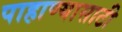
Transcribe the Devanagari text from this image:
पाहाण्यासाठी